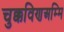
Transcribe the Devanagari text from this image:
चुक्कविणअम्मि